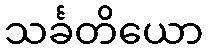
သင်္ခတိယော